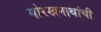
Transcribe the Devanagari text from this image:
गोरखनाथांची